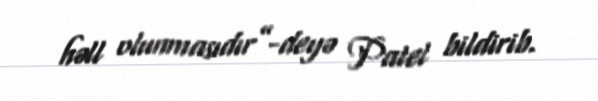
həll olunmasıdır”-deyə Patel bildirib.